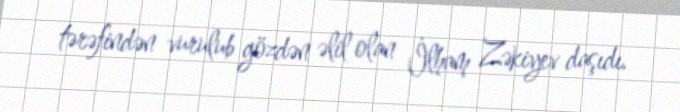
tərəfindən vurulub gözdən əlil olan İlham Zəkiyev daşıdı.